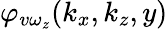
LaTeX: \varphi_{v\omega_{z}}(k_{x},k_{z},y)